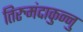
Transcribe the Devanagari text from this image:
तिरुमंदाकुन्नु